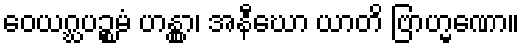
ဝေယဂ္ဃပဉ္စမံ ဟန္တွာ၊ အနီဃော ယာတိ ဗြာဟ္မဏော။